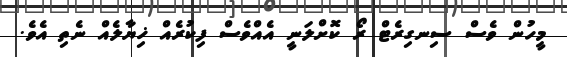
މީހުން ވެސް ސިނގިރެޓް ރޯ ކޮށްލަނީ އެއްވެސް ފިކުރެއް ޚިޔާލެއް ނެތި އެވެ.